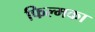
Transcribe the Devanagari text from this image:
फिल्मका